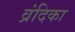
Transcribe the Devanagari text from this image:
व्रंदिका